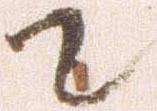
て